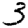
Digit: 3